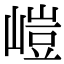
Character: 嵦